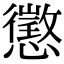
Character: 懲